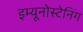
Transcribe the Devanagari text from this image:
इम्यूनोस्टेनिंग